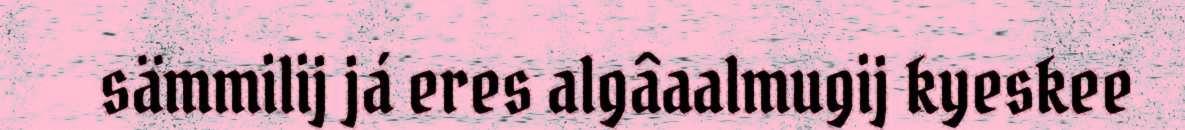
sämmilij já eres algâaalmugij kyeskee